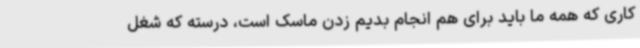
کاری که همه ما باید برای هم انجام بدیم زدن ماسک است، درسته که شغل